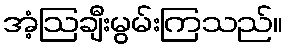
အံ့ဩချီးမွမ်းကြသည်။